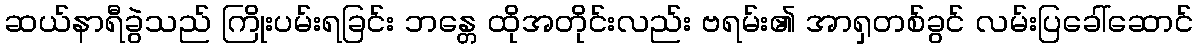
ဆယ်နာရီခွဲသည် ကြိုးပမ်းရခြင်း ဘန္တေ ထိုအတိုင်းလည်း ဗရမ်း၏ အာရှတစ်ခွင် လမ်းပြခေါ်ဆောင်